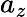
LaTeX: a_{z}